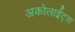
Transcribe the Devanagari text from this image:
अकोलाईट्स